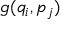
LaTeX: g ( q _ { i } , p _ { j } )